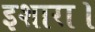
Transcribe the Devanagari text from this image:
इशारा।